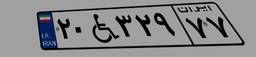
۲۰W۳۲۹۷۷